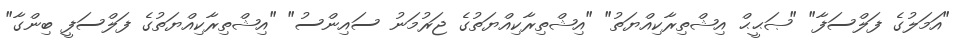
"އަމަލުގެ ފަލްސަފާ" "ޞަޙީޙް އިޝްތިރާކިއްޔަތު" "އިޝްތިރާކިއްޔަތުގެ ޖަރުމަނު ސައިންސު" "އިޝްތިރާކިއްޔަތުގެ ފަލްސަފީ ބިންގާ"